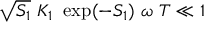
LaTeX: \sqrt { S _ { 1 } } \ K _ { 1 } \ \exp ( - S _ { 1 } ) \ \omega \ T \ll 1